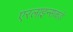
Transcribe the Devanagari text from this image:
एरलाइन्सकडे